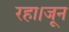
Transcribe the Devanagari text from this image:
रहा।जून